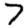
Digit: 7